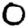
Digit: 0